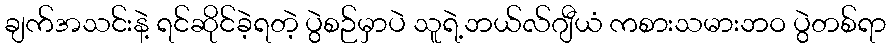
ချက်အသင်းနဲ့ ရင်ဆိုင်ခဲ့ရတဲ့ ပွဲစဉ်မှာပဲ သူရဲ့ဘယ်လ်ဂျီယံ ကစားသမားဘဝ ပွဲတစ်ရာ